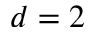
d = 2